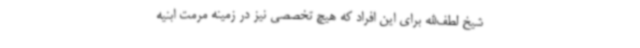
شیخ لطف‌الله برای این افراد که هیچ تخصصی نیز در زمینه مرمت ابنیه